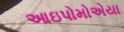
આઇપોમોએયા